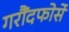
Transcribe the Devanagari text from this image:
गरौंदफोर्से